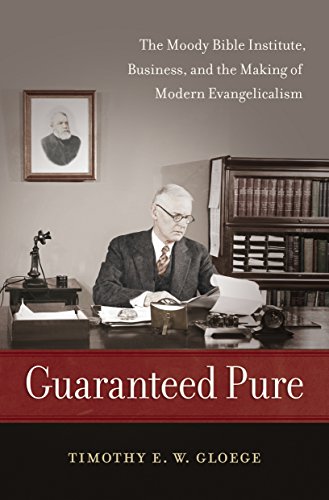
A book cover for Guaranteed Pure: The Moody Bible Institute, Business, and the Making of Modern Evangelicalism; Timothy Gloege; Business & Money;